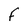
Character: F